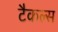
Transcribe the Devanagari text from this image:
टैकल्स